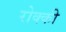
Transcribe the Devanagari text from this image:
रोक्की